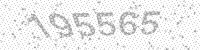
Solution: 195565